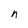
Character: n